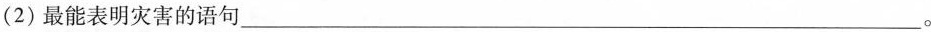
(2)最能表明灾害的语句___。